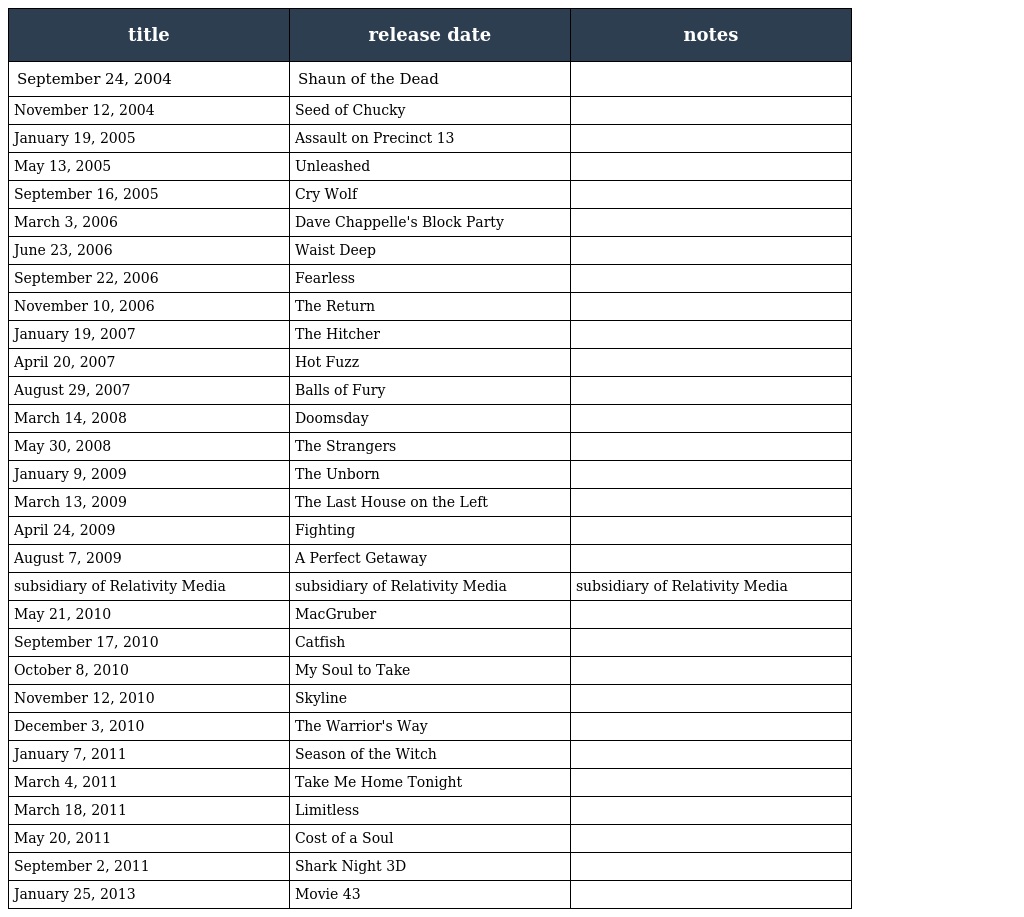
| title | release date | notes |
 | --- | --- | --- |
 | September 24, 2004 | Shaun of the Dead |  |
 | November 12, 2004 | Seed of Chucky |  |
 | January 19, 2005 | Assault on Precinct 13 |  |
 | May 13, 2005 | Unleashed |  |
 | September 16, 2005 | Cry Wolf |  |
 | March 3, 2006 | Dave Chappelle's Block Party |  |
 | June 23, 2006 | Waist Deep |  |
 | September 22, 2006 | Fearless |  |
 | November 10, 2006 | The Return |  |
 | January 19, 2007 | The Hitcher |  |
 | April 20, 2007 | Hot Fuzz |  |
 | August 29, 2007 | Balls of Fury |  |
 | March 14, 2008 | Doomsday |  |
 | May 30, 2008 | The Strangers |  |
 | January 9, 2009 | The Unborn |  |
 | March 13, 2009 | The Last House on the Left |  |
 | April 24, 2009 | Fighting |  |
 | August 7, 2009 | A Perfect Getaway |  |
 | subsidiary of Relativity Media | subsidiary of Relativity Media | subsidiary of Relativity Media |
 | May 21, 2010 | MacGruber |  |
 | September 17, 2010 | Catfish |  |
 | October 8, 2010 | My Soul to Take |  |
 | November 12, 2010 | Skyline |  |
 | December 3, 2010 | The Warrior's Way |  |
 | January 7, 2011 | Season of the Witch |  |
 | March 4, 2011 | Take Me Home Tonight |  |
 | March 18, 2011 | Limitless |  |
 | May 20, 2011 | Cost of a Soul |  |
 | September 2, 2011 | Shark Night 3D |  |
 | January 25, 2013 | Movie 43 |  |